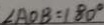
\angle A O B = 1 8 0 ^ { \circ }